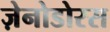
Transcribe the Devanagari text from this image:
ज़ेनोडोरस